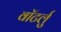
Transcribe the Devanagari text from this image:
वॉटर्लु